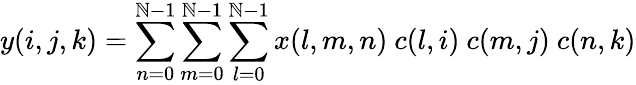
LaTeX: y(i,j,k)=\overset{\mathbb{N}-1}{\underset{n=0}{\sum}}\overset{\mathbb{N}-1}{\underset{m=0}{\sum}}\overset{\mathbb{N}-1}{\underset{l=0}{\sum}}x(l,m,n)\ c(l,i)\ c(m,j)\ c(n,k)